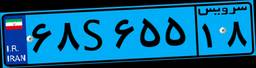
۶۸S۶۵۵۱۸